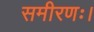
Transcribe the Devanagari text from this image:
समीरणः।